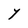
Character: Y